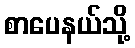
စာပေနယ်သို့